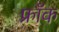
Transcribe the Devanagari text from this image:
फ्राॅक